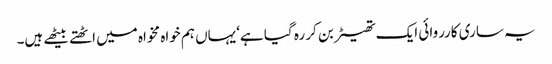
یہ ساری کارروائی ایک تھیٹر بن کر رہ گیا ہے‘یہاں ہم خواہ مخواہ میں اٹھتے بیٹھے ہیں۔